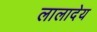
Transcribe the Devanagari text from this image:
लालादेय